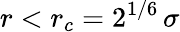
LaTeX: r<r_{c}=2^{1/6}\, \sigma